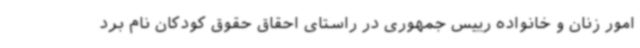
امور زنان و خانواده رییس جمهوری در راستای احقاق حقوق کودکان نام برد